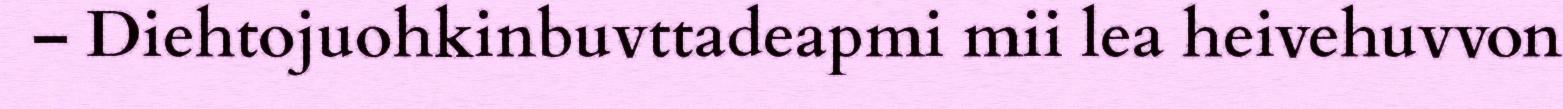
– Diehtojuohkinbuvttadeapmi mii lea heivehuvvon